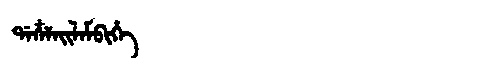
Manchu: ᡩᠠᠴᠶᠠᡳᠯᠠᠮᠪᡳᡥᡝ
Romanization: DACYAILAMBIHE